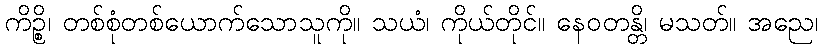
ကိဉ္စိ၊ တစ်စုံတစ်ယောက်သောသူကို။ သယံ၊ ကိုယ်တိုင်။ နေဝတန္တိ၊ မသတ်။ အညေ၊